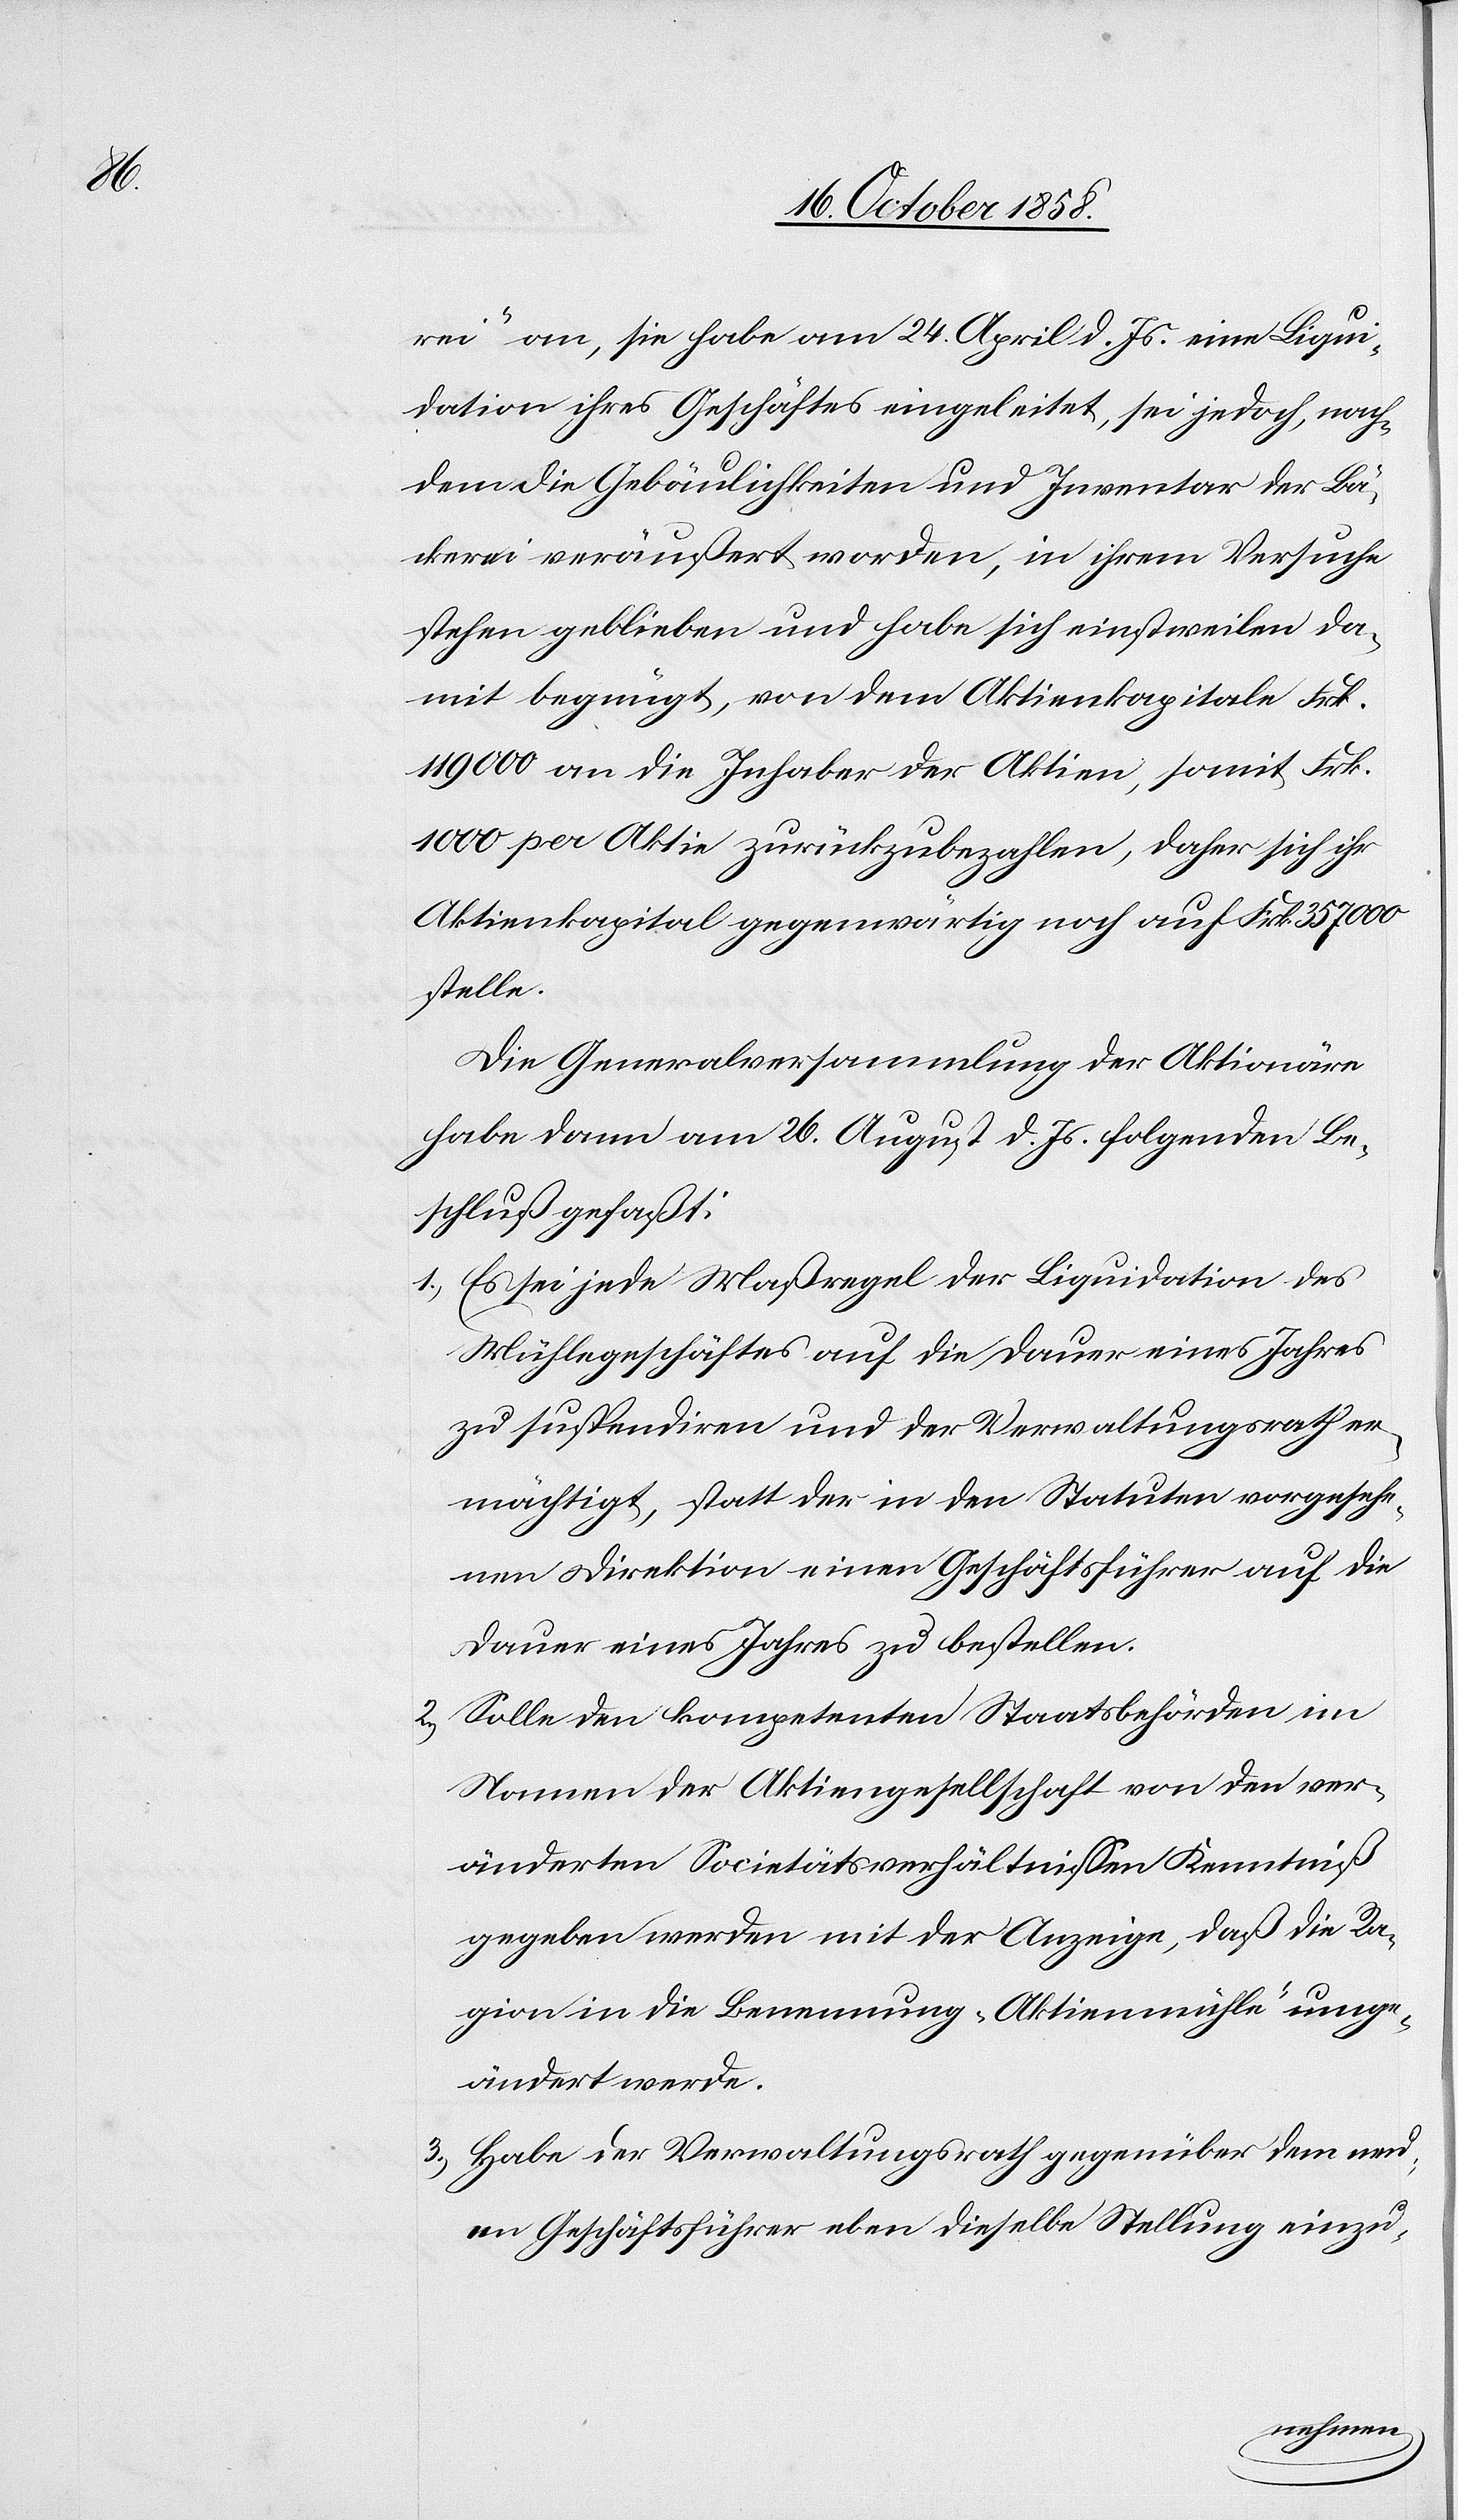
rei“ an, sie habe am 24. April d. Js. eine Liqui¬
dation ihres Geschäftes eingeleitet, sei jedoch, nach¬
dem die Gebäulichkeiten und Inventar der Bä¬
ckerei veräußert worden, in ihrem Versuche
stehen geblieben und habe sich einstweilen da¬
mit begnügt, von dem Aktienkapitale Frk.
119 000 an die Inhaber der Aktien, somit Frk.
1000 per Aktie zurückzubezahlen, daher sich ihr
Aktienkapital gegenwärtig noch auf Frk. 357 000
stelle.
Die Generalversammlung der Aktionäre
habe dann am 26. August d. Js. folgenden Be¬
schluß gefaßt:
Es sei jede Maßregel der Liquidation des
Mühlegeschäftes auf die Dauer eines Jahres
zu suspendiren und der Verwaltungsrath er¬
mächtigt, statt der in den Statuten vorgesehe¬
nen Direktion einen Geschäftsführer auf die
Dauer eines Jahres zu bestellen.
Solle den kompetenten Staatsbehörden im
Namen der Aktiengesellschaft von den ver¬
änderten Societätsverhältnissen Kenntniß
gegeben werden mit der Anzeige, daß die Ra¬
gion in die Benennung „Aktienmühle“ umge¬
ändert werde.
Habe der Verwaltungsrath gegenüber dem neu¬
en Geschäftsführer eben dieselbe Stellung einzu-